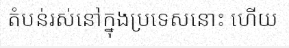
តំបន់រស់នៅក្នុងប្រទេសនោះ ហើយ